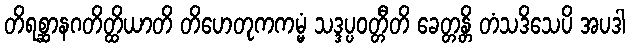
တိရစ္ဆာနဂတိတ္ထိယာတိ တိဟေတုကကမ္မံ သဒ္ဒပ္ပဝတ္တီတိ ခေတ္တန္တိ တံသဒိသေပိ အပဒါ